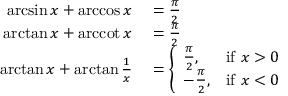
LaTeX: \begin{array} { r l } { \arcsin x + \operatorname { a r c c o s } x } & { { } = { \frac { \pi } { 2 } } } \\ { \arctan x + \operatorname { a r c c o t } x } & { { } = { \frac { \pi } { 2 } } } \\ { \arctan x + \arctan { \frac { 1 } { x } } } & { { } = { \left\{ \begin{array} { l l } { { \frac { \pi } { 2 } } , } & { { \mathrm { i f ~ } } x > 0 } \\ { - { \frac { \pi } { 2 } } , } & { { \mathrm { i f ~ } } x < 0 } \end{array} \right. } } \end{array}